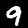
Label: 9